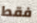
فقط